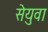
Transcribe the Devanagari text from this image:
सेयुवा